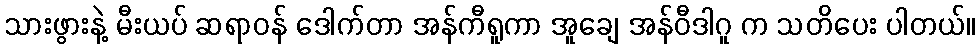
သားဖွားနဲ့ မီးယပ် ဆရာဝန် ဒေါက်တာ အန်ကီရူကာ အူချေ အန်ဝီဒါဂူ က သတိပေး ပါတယ်။